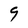
Character: 9